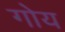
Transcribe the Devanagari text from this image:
गोय